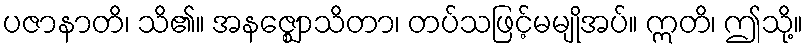
ပဇာနာတိ၊ သိ၏။ အနဇ္ဈောသိတာ၊ တပ်သဖြင့်မမျိုအပ်။ ဣတိ၊ ဤသို့။